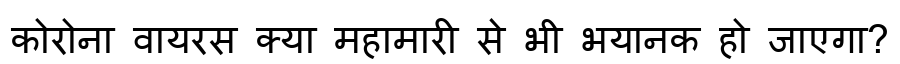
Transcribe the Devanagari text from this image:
कोरोना वायरस क्या महामारी से भी भयानक हो जाएगा?